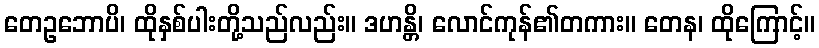
တေဥဘောပိ၊ ထိုနှစ်ပါးတို့သည်လည်း။ ဒဟန္တိ၊ လောင်ကုန်၏တကား။ တေန၊ ထိုကြောင့်။